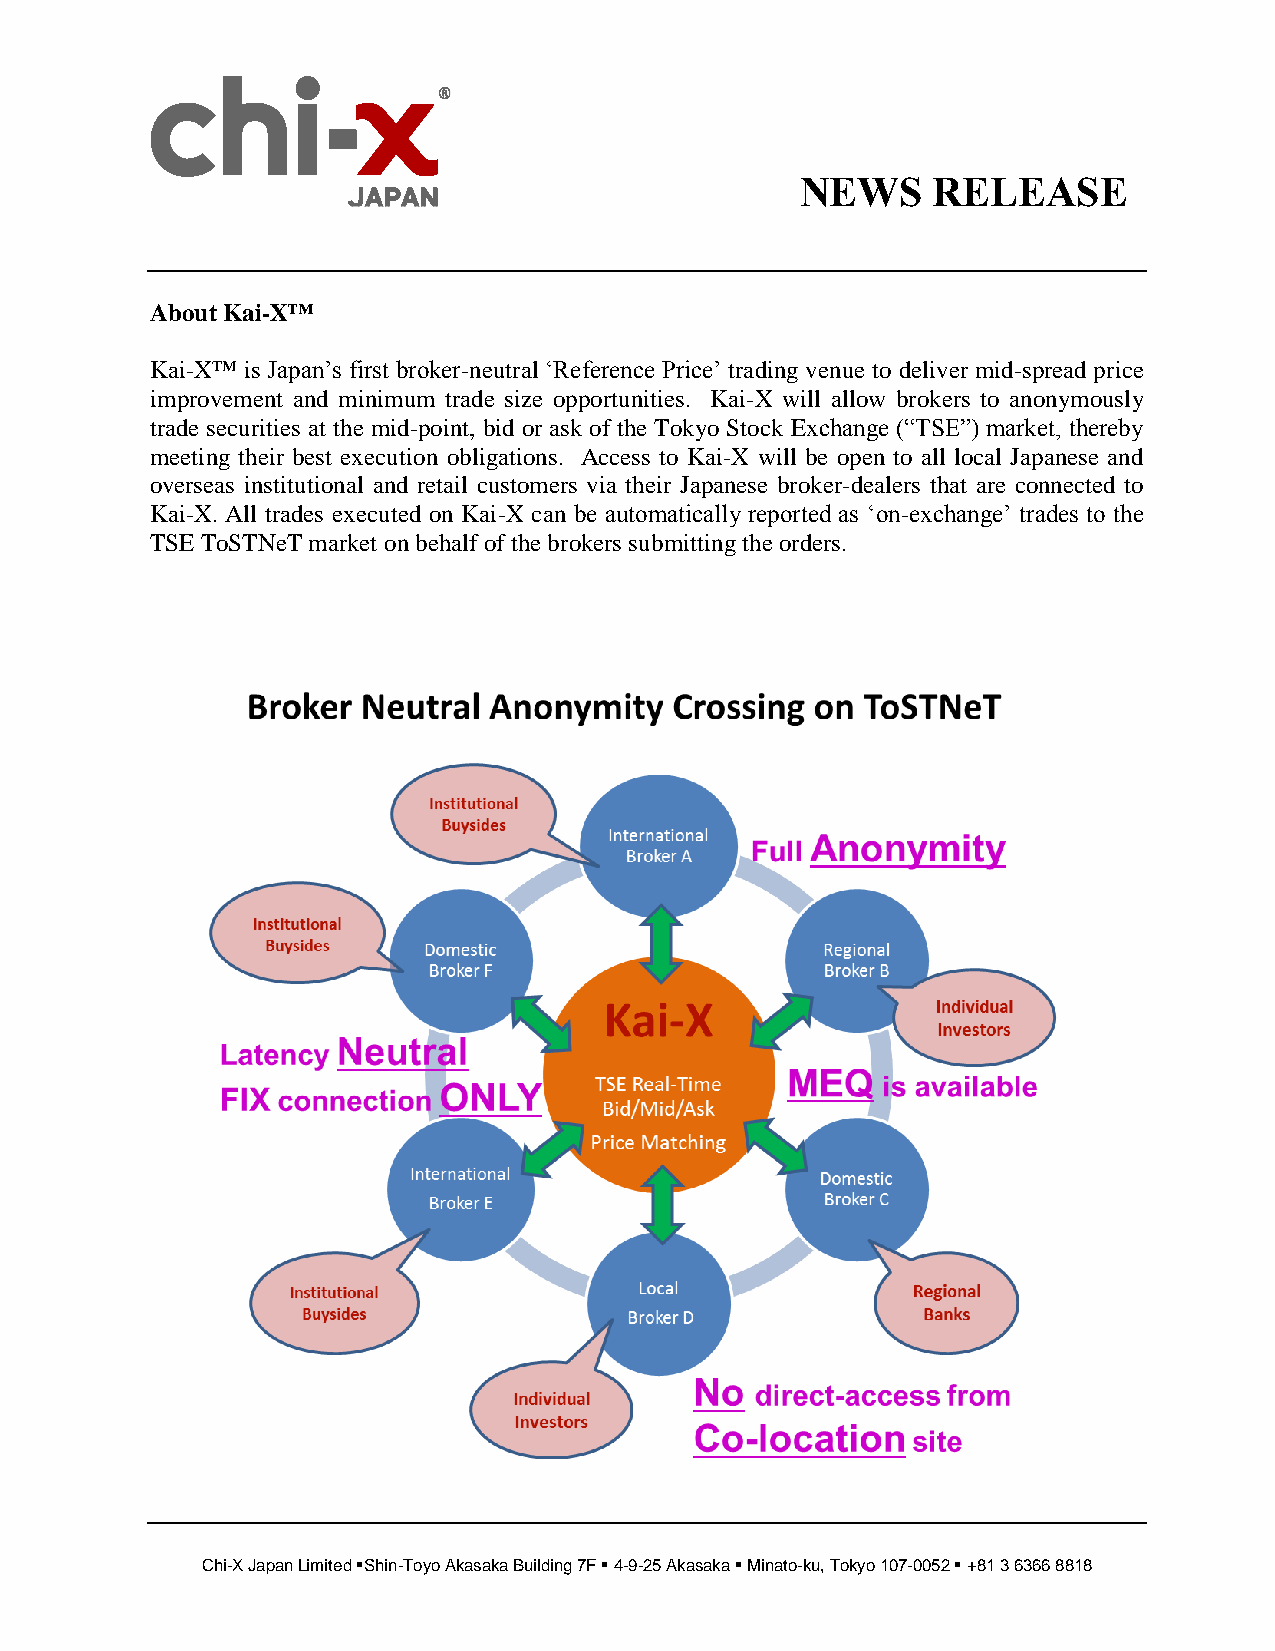
NEWS     RELEASE
 About Kai-X™
 Kai-X™ is Japan’s first broker-neutral ‘Reference Price’ trading venue to deliver mid-spread price
 improvement and minimum trade size opportunities. Kai-X will allow brokers to anonymously
 trade securities at the mid-point, bid or ask of the Tokyo Stock Exchange (“TSE”) market, thereby
 meeting their best execution obligations. Access to Kai-X will be open to all local Japanese and
 overseas institutional and retail customers via their Japanese broker-dealers that are connected to
 Kai-X. All trades executed on Kai-X can be automatically reported as ‘on-exchange’ trades to the
 TSE ToSTNeT market on behalf of the brokers submitting the orders.
 Chi-X Japan Limited Shin-Toyo Akasaka Building 7F  4-9-25 Akasaka  Minato-ku, Tokyo 107-0052  +81 3 6366 8818